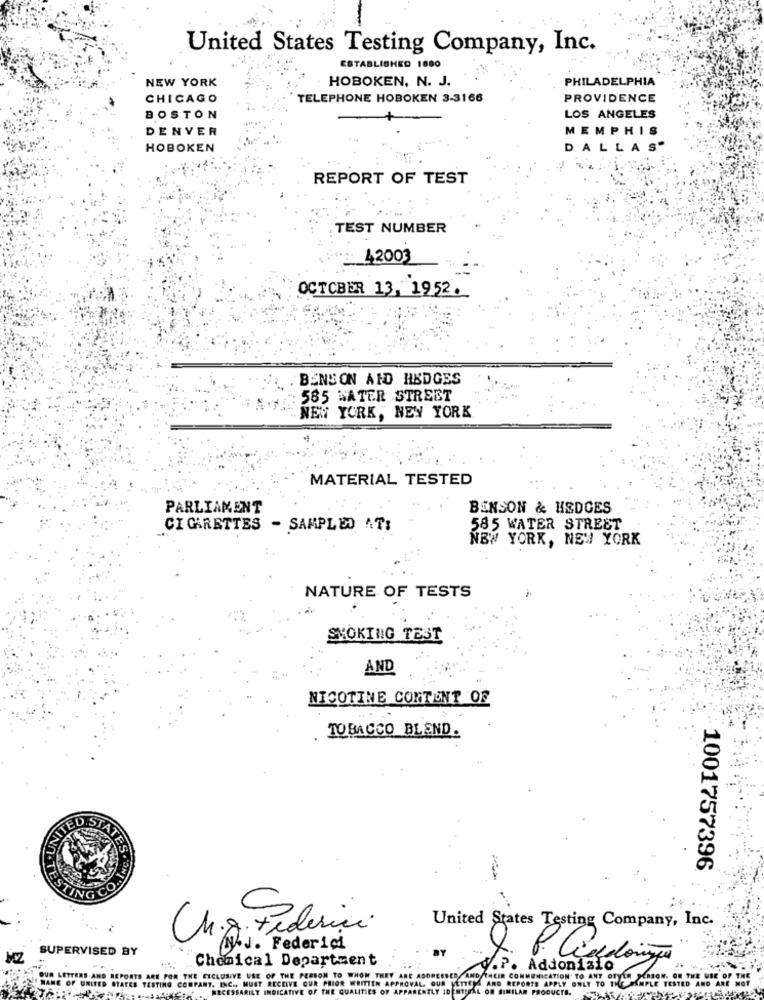
United States Testing Company, Inc.
ESTABLISHED 1880
HOBOKEN, N. J.
PHILADELPHIA
NEW YORK
CHICAGO
TELEPHONE HOBOKEN 3-3166
PROVIDENCE
BOSTON
LOS ANGELES
DENVER
MEMPHIS
HOBOKEN
DALLAS"
REPORT OF TEST
TEST NUMBER
42003
OCTOBER 13, 1952.
. BENSON AID HEDGES
585 WATER STREET
NEW YORK, NEW YORK
MATERIAL TESTED
PARLIAMENT
BENSON & HEDGES
CIGARETTES - SAMPLED AT;
585 WATER STREET
NEW YORK, NEW YORK
NATURE OF TESTS
SMOKING TEST
AND
NICOTINE CONTENT OF
TOBACCO BLEND.
STATE
1001757396
TING CO.
Ung; Federici
United States Testing Company, Inc.
SUPERVISED BY
J. Federici
Chemical Department
.P. Addonizio
OUR LETTERS.A
MAME OF UNITED STATES TESTING CONPANT. INC ., MUST RECEIVE OUR PRIOR WRITTEN APPROVAL. OUR VETTE) AND REPORTS APPLY ONLY TO THE
ITS ARE FOR THE EXCLUSIVE USE OF THE PERSON TO WHOM THEY ARE ADDRESSED
NECESSARILY INDICATIVE OF THE QUALITIES OF APPARENTLY IDENTICAL OR SIMILAR PRODUCTS.